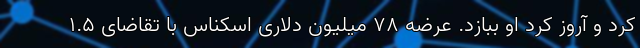
کرد و آروز کرد او ببازد. عرضه ۷۸ میلیون دلاری اسکناس با تقاضای ۱.۵